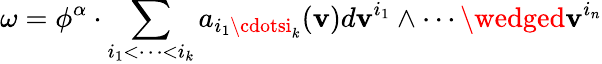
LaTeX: \omega=\phi^{\alpha}\cdot\sum_{i_{1}<\cdots<i_{k}}a_{i_{1}\cdotsi_{k}}(\mathbf{v})d\mathbf{v}^{i_{1}}\wedge\cdots\wedged\mathbf{v}^{i_{n}}